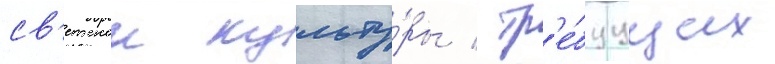
св'етскои культу́ры / тр'е́буущих